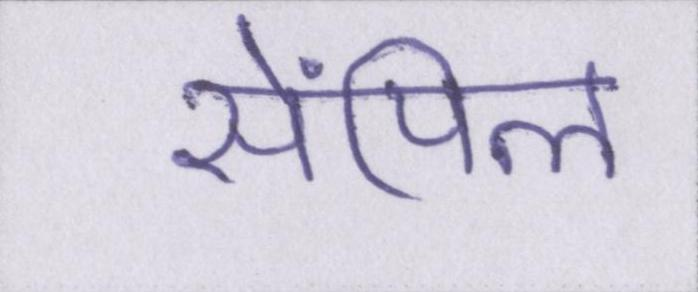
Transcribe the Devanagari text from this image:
सेंपिल